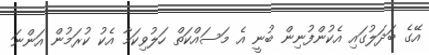
އޭގެ ބަދަލުގައި އެކުންފުނިން ބުނީ އެ މަސައްކަތް ހަލުވިކަމާ އެކު ކުރަމުން އަންނަ